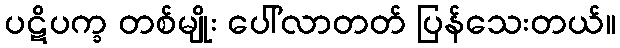
ပဋိပက္ခ တစ်မျိုး ပေါ်လာတတ် ပြန်သေးတယ်။